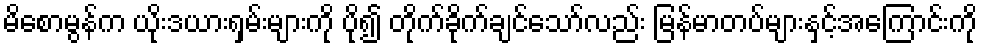
မိစောမွန်က ယိုးဒယားရှမ်းများကို ပို၍ တိုက်ခိုက်ချင်သော်လည်း မြန်မာတပ်များနှင့်အကြောင်းကို